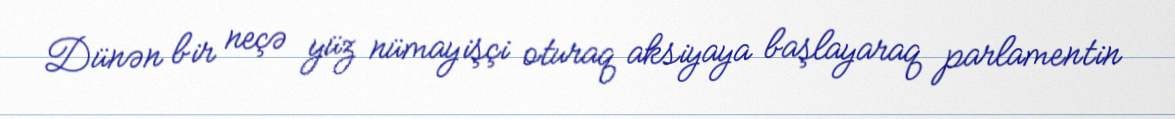
Dünən bir neçə yüz nümayişçi oturaq aksiyaya başlayaraq parlamentin